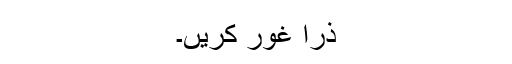
ذرا غور کریں۔